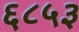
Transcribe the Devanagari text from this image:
६८५३